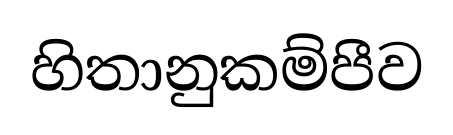
හිතානුකම්පීව